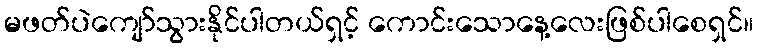
မဖတ်ပဲကျော်သွားနိုင်ပါတယ်ရှင့် ကောင်းသောနေ့လေးဖြစ်ပါစေရှင်။